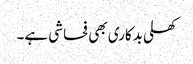
کھلی بدکاری بھی فحاشی ہے۔